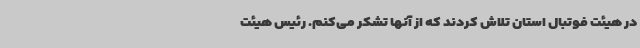
در هیئت فوتبال استان تلاش کردند که از آنها تشکر می‌کنم. رئیس هیئت